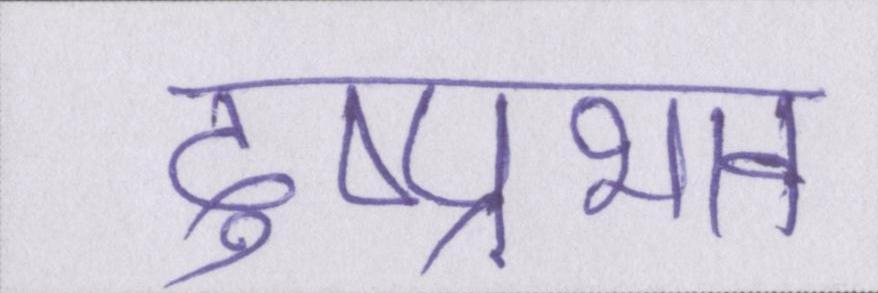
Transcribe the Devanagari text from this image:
दुष्प्रभाव